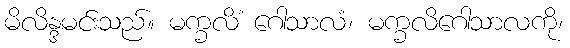
မိလိန္ဒမင်းသည်။ မက္ခလိံ ဂေါသာလံ၊ မက္ခလိဂေါသာလကို၊